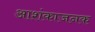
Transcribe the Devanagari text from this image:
आशंकाजनक